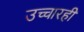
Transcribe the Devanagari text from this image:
उच्चारही